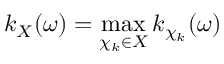
k _ { X } ( \omega ) = \operatorname* { m a x } _ { \chi _ { k } \in X } k _ { \chi _ { k } } ( \omega )